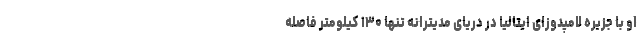
او با جزیره لامپدوزای ایتالیا در دریای مدیترانه تنها ۱۳۰ کیلومتر فاصله